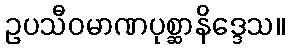
ဥပသီဝမာဏပုစ္ဆာနိဒ္ဒေသ။